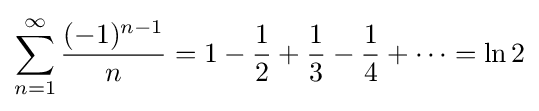
\sum _{n=1}^{\infty }{\frac {(-1)^{n-1}}{n}}=1-{\frac {1}{2}}+{\frac {1}{3}}-{\frac {1}{4}}+\cdots =\ln 2